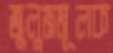
জুলুমমূলক